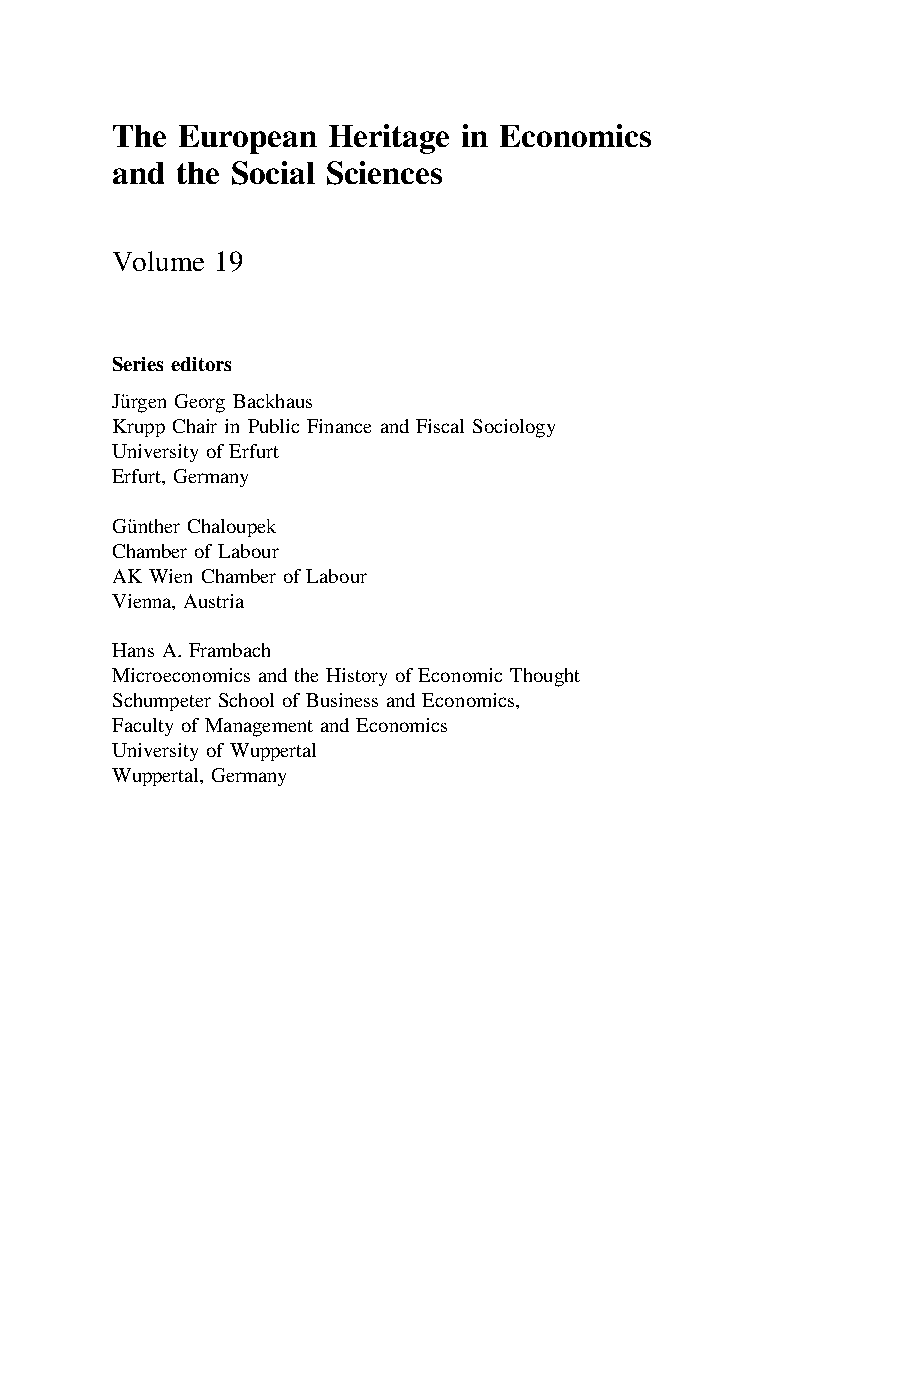
The  European  Heritage in Economics
 and  the Social Sciences
 Volume 19
 Series editors
 Jürgen Georg Backhaus
 Krupp Chair in Public Finance and Fiscal Sociology
 University of Erfurt
 Erfurt, Germany
 Günther Chaloupek
 Chamber of Labour
 AK Wien Chamber of Labour
 Vienna, Austria
 Hans A. Frambach
 Microeconomics and the History of Economic Thought
 Schumpeter School of Business and Economics,
 Faculty of Management and Economics
 University of Wuppertal
 Wuppertal, Germany